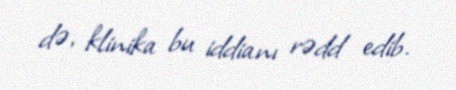
də, klinika bu iddianı rədd edib.